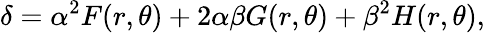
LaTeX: \delta=\alpha^{2}F(r,\theta)+2\alpha\beta G(r,\theta)+\beta^{2}H(r,\theta),